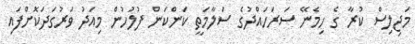
މަޖިލިސް ކުރާ ގެ ހިމެނޭ ސަރަހައްދުގެ ސަލާމަތީ ކަންކަން ފުލުހުން މިއަދު ވަރުގަދަކޮށްފައި